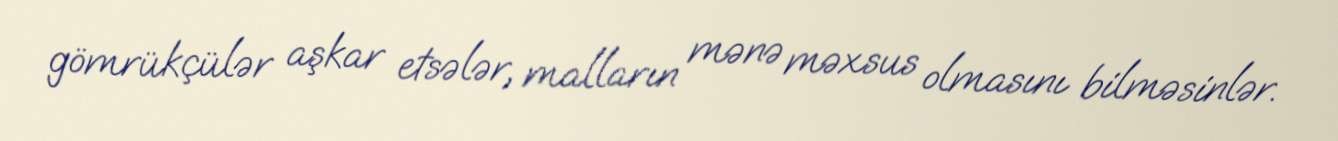
gömrükçülər aşkar etsələr, malların mənə məxsus olmasını bilməsinlər.